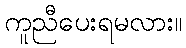
ကူညီပေးရမလား။